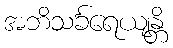
အဘိသင်္ခရေယျန္တိ